Report of the Indian Hemp Drugs Commission, 1894-1895 - Volume V
Year: 1894
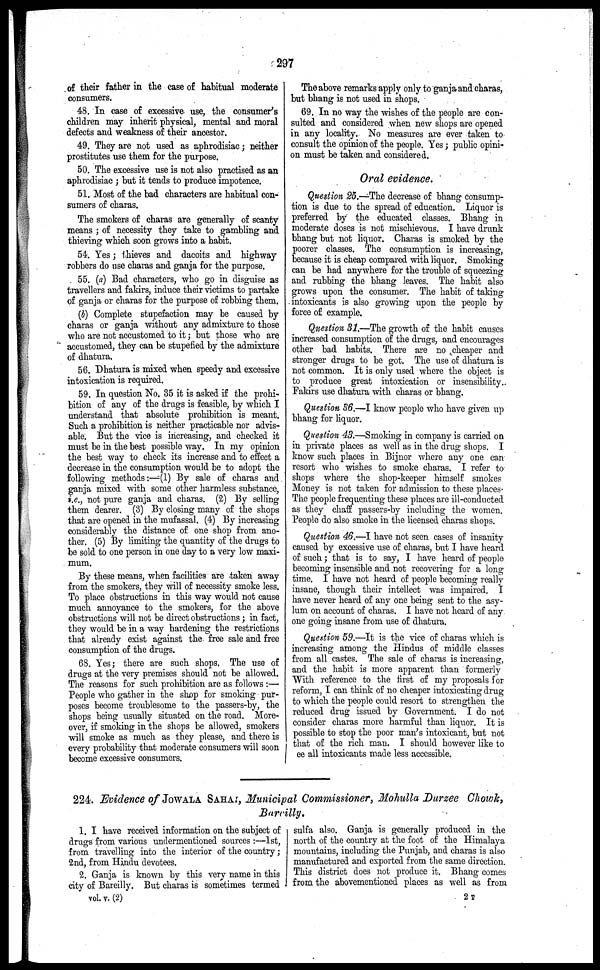
297
of their father in the case of habitual moderate
consumers.
48. In case of excessive use, the consumer's
children may inherit physical, mental and moral
defects and weakness of their ancestor.
49. They are not used as aphrodisiac; neither
prostitutes use them for the purpose.
50. The excessive use is not also practised as an
aphrodisiac ; but it tends to produce impotence.
51. Most of the bad characters are habitual con-
sumers of charas.
The smokers of charas are generally of scanty
means ; of necessity they take to gambling and
thieving which soon grows into a habit.
54. Yes ; thieves and dacoits and highway
robbers do use charas and ganja for the purpose.
55. (a) Bad characters, who go in disguise as
travellers and fakirs, induce their victims to partake
of ganja or charas for the purpose of robbing them.
(b) Complete stupefaction may be caused by
charas or ganja without any admixture to those
who are not accustomed to it; but those who are
accustomed, they can be stupefied by the admixture
of dhatura.
56. Dhatura is mixed when speedy and excessive
intoxication is required.
59. In question No. 35 it is asked if the prohi-
bition of any of the drugs is feasible, by which I
understand that absolute prohibition is meant.
Such a prohibition is neither practicable nor advis-
able. But the vice is increasing, and checked it
must be in the best possible way. In my opinion
the best way to check its increase and to effect a
decrease in the consumption would be to adopt the
following methods:—(1) By sale of charas and
ganja mixed with some other harmless substance,
i.e., not pure ganja and charas. (2) By selling
them dearer. (3) By closing many of the shops
that are opened in the mufassal. (4) By increasing
considerably the distance of one shop from ano-
ther. (5) By limiting the quantity of the drugs to
be sold to one person in one day to a very low maxi-
mum.
By these means, when facilities are taken away
from the smokers, they will of necessity smoke less.
To place obstructions in this way would not cause
much annoyance to the smokers, for the above
obstructions will not be direct obstructions ; in fact,
they would be in a way hardening the restrictions
that already exist against the free sale and free
consumption of the drugs.
68. Yes; there are such shops. The use of
drugs at the very premises should not be allowed.
The reasons for such prohibition are as follows :—
People who gather in the stop for smoking pur-
poses become troublesome to the passers-by, the
shops being usually situated on the road. More-
over, if smoking in the shops be allowed, smokers
will smoke as much as they please, and there is
every probability that moderate consumers will soon
become excessive consumers.
The above remarks apply only to ganja and charas,
but bhang is not used in shops.
69. In no way the wishes of the people are con-
sulted and considered when new shops are opened
in any locality. No measures are ever taken to
consult the opinion of the people. Yes; public opini-
on must be taken and considered.
Oral evidence.
Question 25.—The decrease of bhang consump-
tion is due to the spread of education. Liquor is
preferred by the educated classes. Bhang in
moderate doses is not mischievous. I have drunk
bhang but not liquor. Charas is smoked by the
poorer classes. The consumption is increasing,
because it is cheap compared with liquor. Smoking
can be had anywhere for the trouble of squeezing
and rubbing the bhang leaves. The habit also
grows upon the consumer. The habit of taking
intoxicants is also growing upon the people by
force of example.
Question 31.—The growth of the habit causes
increased consumption of the drugs, and encourages
other bad habits. There are no cheaper and
stronger drugs to be got. The use of dhatura is
not common. It is only used where the object is
to produce great intoxication or insensibility.
Fakirs use dhatura with charas or bhang.
Question 36.—I know people who have given up
bhang for liquor.
Question 43.—Smoking in company is carried on
in private places as well as in the drug shops. I
know such places in Bijnor where any one can
resort who wishes to smoke charas. I refer to
shops where the shop-keeper himself smokes
Money is not taken for admission to these places.
The people frequenting these places are ill-conducted
as they chaff passers-by including the women.
People do also smoke in the licensed charas shops.
Question 46.—I have not seen cases of insanity
caused by excessive use of charas, but I have heard
of such; that is to say, I have heard of people
becoming insensible and not recovering for a long
time. I have not heard of people becoming really
insane, though their intellect was impaired. I
have never heard of any one being sent to the asy-
lum on account of charas. I have not heard of any
one going insane from use of dhatura.
Question 59.—It is the vice of charas which is
increasing among the Hindus of middle classes
from all castes. The sale of charas is increasing,
and the habit is more apparent than formerly
With reference to the first of my proposals for
reform, I can think of no cheaper intoxicating drug
to which the people could resort to strengthen the
reduced drug issued by Government. I do not
consider charas more harmful than liquor. It is
possible to stop the poor man's intoxicant, but not
that of the rich man. I should however like to
ee all intoxicants made less accessible.
224. Evidence of JOWALA SAHAI, Municipal Commissioner, Mohulla Durzee Chowk,
Barcilly.
1. I have received information on the subject of
drugs from various undermentioned sources :—1st,
from travelling into the interior of the country;
2nd, from Hindu devotees.
2. Ganja is known by this very name in this
city of Barcilly. But charas is sometimes termed
vol. v. (2)
sulfa also. Ganja is generally produced in the
north of the country at the foot of the Himalaya
mountains, including the Punjab, and charas is also
manufactured and exported from the same direction.
This district does not produce it. Bhang comes
from the abovementioned places as well as from
2T